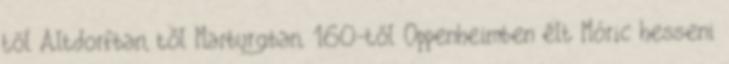
től Altdorfban, től Marburgban, 160-től Oppenheimben élt Móric hesseni